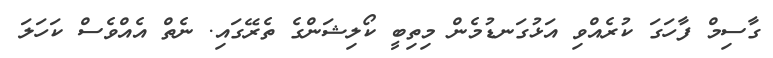
ގާސިމް ފާހަގަ ކުރެއްވި އަޅުގަނޑުމެން މިތިބީ ކޯލިޝަންގެ ތެރޭގައި. ނެތް އެއްވެސް ކަހަލަ